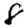
Digit: 8